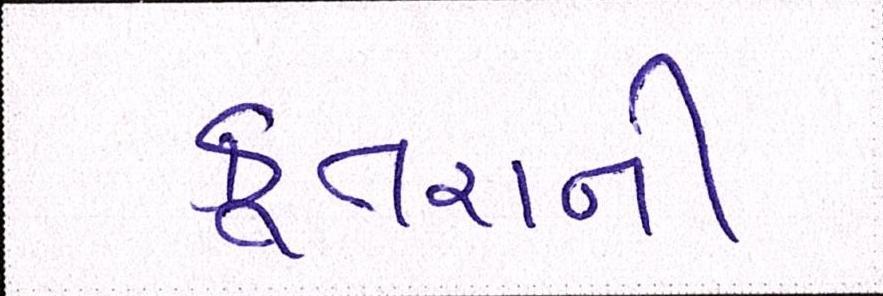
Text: કૂતરાની